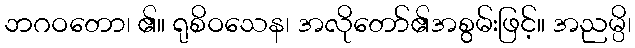
ဘဂဝတော၊ ၏။ ရုစိဝသေန၊ အလိုတော်၏အစွမ်းဖြင့်။ အညမ္ပိ၊